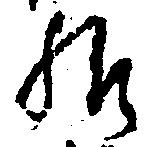
給